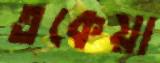
তকেয়া